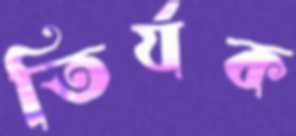
তির্যক